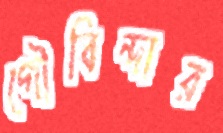
গৌবিন্দার